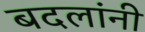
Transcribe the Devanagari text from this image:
बदलांनी